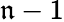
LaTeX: \mathfrak{n}-1